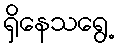
ရှိနေသရွေ့